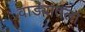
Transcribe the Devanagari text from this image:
वाड्यातला